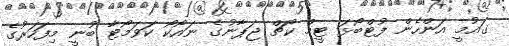
ގައުމީ އަންހެން ފުޓްބޯޅަ ޓީމް ކޯޗް ޖަޕާނުގެ ނައޯކޯ ކަވަމޯޓާ ބުނީ މިފަހަރުގެ